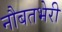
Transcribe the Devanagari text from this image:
नौबतभेरी